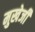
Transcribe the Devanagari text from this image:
मुखेर्जी